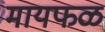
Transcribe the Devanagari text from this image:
मायफळ